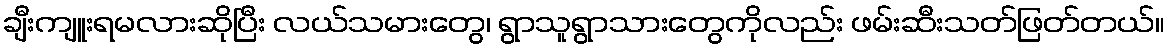
ချီးကျူးရမလားဆိုပြီး လယ်သမားတွေ၊ ရွာသူရွာသားတွေကိုလည်း ဖမ်းဆီးသတ်ဖြတ်တယ်။